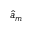
{ \hat { a } } _ { m }